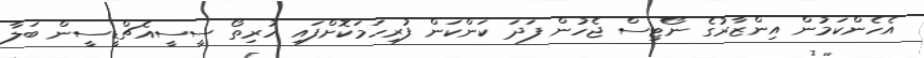
އެހެންކަމުން އިންޒާރުގެ ނޯޓިސް ޖެހުން ފަދަ ކަންކަން ފުރިހަމަކޮށްފައި ހުރިތޯ ސީސީއެޗްޑީސީން ބަލާ